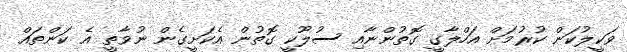
ވަކީލުކަން ކުރުމަށް އަހްލާގީ ގޮތުންނާއި ސުލޫކީ ގޮތުން އެކަށީގެން ނުވާތީ އެ ކަންތައް